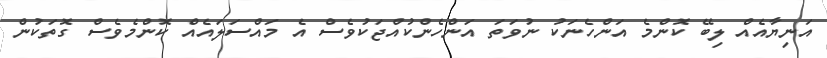
އަނިޔާއެއް ލިބޭ ކޮންމެ އަންހެނަކު ނުވަތަ އަންހެންކުއްޖަކުވެސް އެ މައްސަލައެއް ކޮންމެވެސް ގޮތަކުން